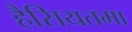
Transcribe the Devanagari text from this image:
हैसियतमा